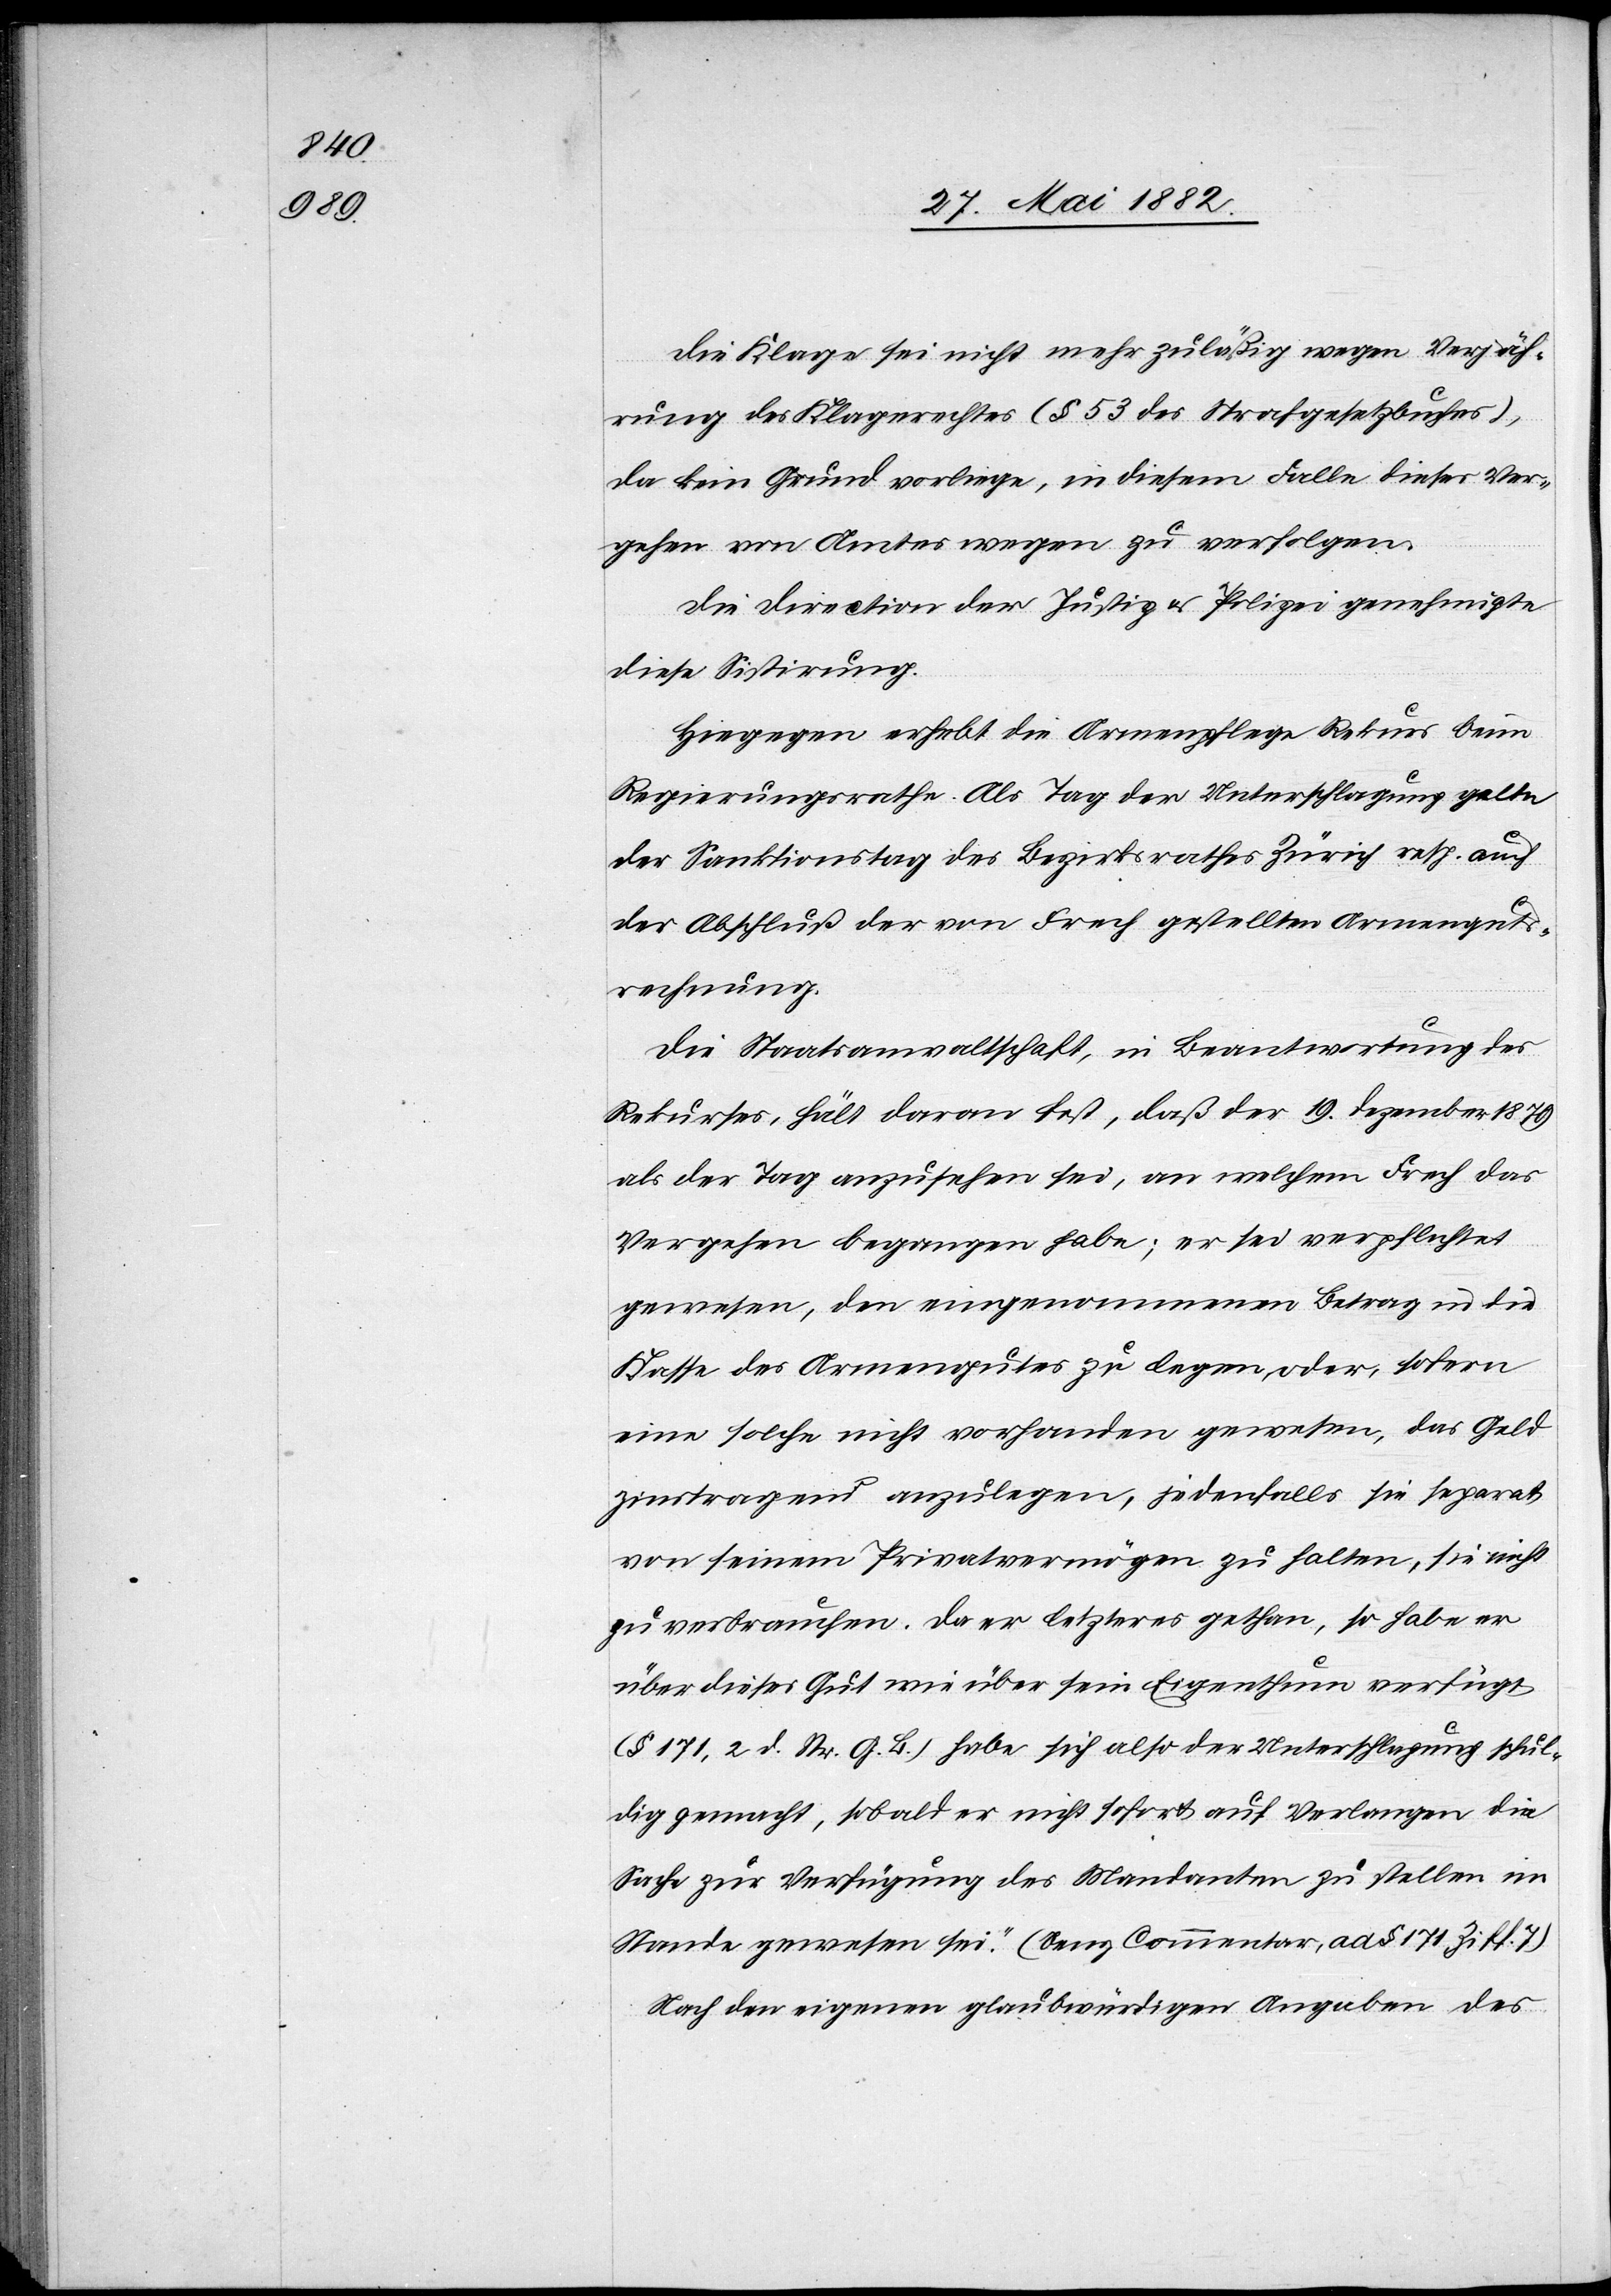
Die Klage sei nicht mehr zuläßig wegen Verjäh¬
rung des Klagerechtes (§ 53 des Strafgesetzbuches),
da kein Grund vorliege, in diesem Falle dieses Ver¬
gehen von Amteswegen zu verfolgen.
Die Direction der Justiz & Polizei genehmigte
diese Sistirung.
Hiegegen erhebt die Armepflege Rekurs beim
Regierungsrathe. Als Tag der Unterschlagung gelte
der Sanktionstag des Bezirksrathes Zürich resp. auch
der Abschluß der von Frech gestellten Armenguts¬
rechnung.
Die Staatsanwaltschaft, in Beantwortung des
Rekurses, hält daran fest, daß der 19. Dezember 1879
als der Tag anzusehen sei, an welchem Frech das
Vergehen begangen habe; er sei verpflichtet
gewesen, den eingenommenen Betrag in die
Kasse des Armengutes zu legen, oder, sofern
eine solche nicht vorhanden gewesen, das Geld
zinstragend anzulegen, jedenfalls sie [sic!] separat
von seinem Privatvermögen zu halten, sie [sic!]
zu verbrauchen. Da er letzteres gethan, so habe er
über dieses Gut wie über sein Eigenthum verfügt
(§ 171, 2 d. Str. G. B.) habe sich also der Unterschlagung schul¬
dig gemacht, sobald er nicht sofort auf Verlangen die
Sache zur Verfügung des Mandanten zu stellen im
Stande gewesen sei. (Benz Commentar, ad § 171, Ziff. 7).
Nach den eigenen glaubwürdigen Angaben des